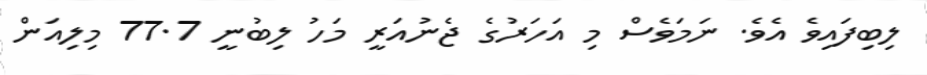
ލިބިފައިވެ އެވެ. ނަމަވެސް މި އަހަރުގެ ޖެނުއަރީ މަހު ލިބުނީ 77.7 މިލިއަން